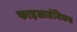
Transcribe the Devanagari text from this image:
फाइलालॅजिकल